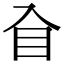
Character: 𥃮